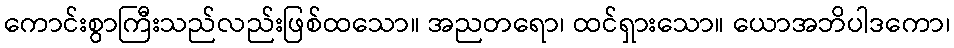
ကောင်းစွာကြီးသည်လည်းဖြစ်ထသော။ အညတရော၊ ထင်ရှားသော။ ယောအဘိပါဒကော၊